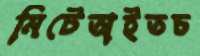
মিটেঅইতচ